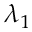
\lambda _ { 1 }